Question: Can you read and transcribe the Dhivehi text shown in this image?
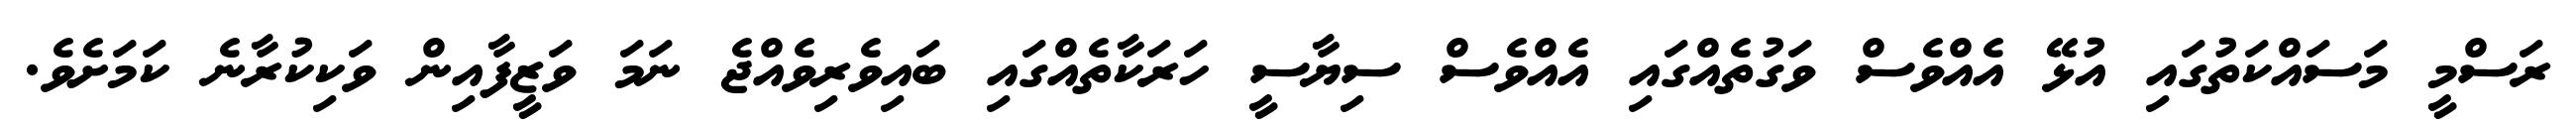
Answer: ރަސްމީ މަސައްކަތުގައި އުޅޭ އެއްވެސް ވަގުތެއްގައި އެއްވެސް ސިޔާސީ ހަރަކާތެއްގައި ބައިވެރިވެއްޖެ ނަމަ ވަޒީފާއިން ވަކިކުރާނެ ކަމަށެވެ.